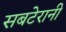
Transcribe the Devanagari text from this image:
सबटेरानी